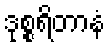
ဒုစ္စရိတာနံ